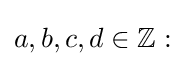
a,b,c,d\in \mathbb {Z} :